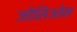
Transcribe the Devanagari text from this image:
जोसिओन